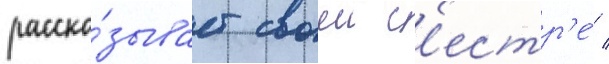
расска́зывает своеи с'естр'е́ /